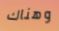
وهناك